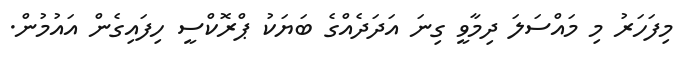
މިފަހަރު މި މައްސަލަ ދިމާވީ ގިނަ އަދަދެއްގެ ބަޔަކު ޕްރޮކްސީ ހިފައިގެން އައުމުން.